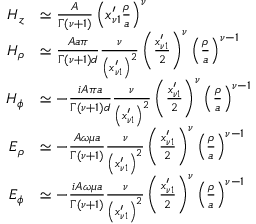
\begin{array} { r l } { H _ { z } } & { \simeq \frac { A } { \Gamma \left( \nu + 1 \right) } \left( x _ { \nu 1 } ^ { \prime } \frac { \rho } { a } \right) ^ { \nu } } \\ { H _ { \rho } } & { \simeq \frac { A a \pi } { \Gamma \left( \nu + 1 \right) d } \frac { \nu } { \left( x _ { \nu 1 } ^ { \prime } \right) ^ { 2 } } \left( \frac { x _ { \nu 1 } ^ { \prime } } { 2 } \right) ^ { \nu } \left( \frac { \rho } { a } \right) ^ { \nu - 1 } } \\ { H _ { \phi } } & { \simeq - \frac { i A \pi a } { \Gamma ( \nu + 1 ) d } \frac { \nu } { \left( x _ { \nu 1 } ^ { \prime } \right) ^ { 2 } } \left( \frac { x _ { \nu 1 } ^ { \prime } } { 2 } \right) ^ { \nu } \left( \frac { \rho } { a } \right) ^ { \nu - 1 } } \\ { E _ { \rho } } & { \simeq - \frac { A \omega \mu a } { \Gamma ( \nu + 1 ) } \frac { \nu } { \left( x _ { \nu 1 } ^ { \prime } \right) ^ { 2 } } \left( \frac { x _ { \nu 1 } ^ { \prime } } { 2 } \right) ^ { \nu } \left( \frac { \rho } { a } \right) ^ { \nu - 1 } } \\ { E _ { \phi } } & { \simeq - \frac { i A \omega \mu a } { \Gamma ( \nu + 1 ) } \frac { \nu } { \left( x _ { \nu 1 } ^ { \prime } \right) ^ { 2 } } \left( \frac { x _ { \nu 1 } ^ { \prime } } { 2 } \right) ^ { \nu } \left( \frac { \rho } { a } \right) ^ { \nu - 1 } } \end{array}